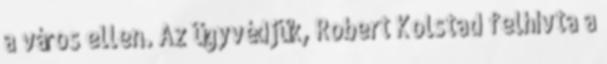
a város ellen. Az ügyvédjük, Robert Kolstad felhívta a